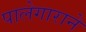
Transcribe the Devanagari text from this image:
पालेगाराने